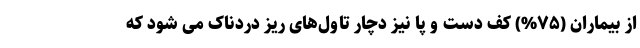
از بیماران (۷۵%) کف دست و پا نیز دچار تاول‌های ریز دردناک می شود که